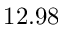
1 2 . 9 8